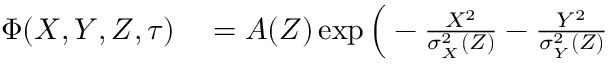
\begin{array} { r l } { \Phi ( X , Y , Z , \tau ) } & { { } = A ( Z ) \exp \Big ( - \frac { X ^ { 2 } } { \sigma _ { _ X } ^ { 2 } ( Z ) } - \frac { Y ^ { 2 } } { \sigma _ { _ Y } ^ { 2 } ( Z ) } } \end{array}